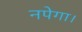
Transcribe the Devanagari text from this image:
नपेगा।